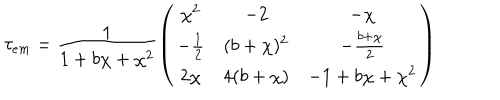
\tau _ { e m } = \frac { 1 } { 1 + b \chi + \chi ^ { 2 } } \left( \begin{array} { c c c } { { \chi ^ { 2 } } } & { { - 2 } } & { { - \chi } } \\ { { - \frac { 1 } { 2 } } } & { { ( b + \chi ) ^ { 2 } } } & { { - \frac { b + \chi } { 2 } } } \\ { { 2 \chi } } & { { 4 ( b + \chi ) } } & { { - 1 + b \chi + \chi ^ { 2 } } } \\ \end{array} \right)